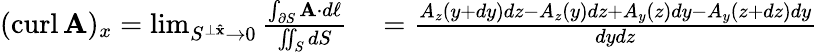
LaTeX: \begin{array}{rl}{(\operatorname{curl}\mathbf{A})_{x}=\operatorname*{lim}_{S^{\perp\mathbf{\hat{x}}}\to 0}{\frac{\int_{\partial S}\mathbf{A}\cdot d\mathbf{\ell}}{\iint_{S}dS}}}&{{}={\frac{A_{z}(y+dy)dz-A_{z}(y)dz+A_{y}(z)dy-A_{y}(z+dz)dy}{dydz}}}\end{array}